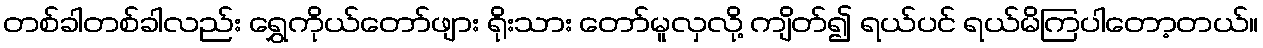
တစ်ခါတစ်ခါလည်း ရွှေကိုယ်တော်ဖျား ရိုးသား တော်မူလှလို့ ကျိတ်၍ ရယ်ပင် ရယ်မိကြပါတော့တယ်။